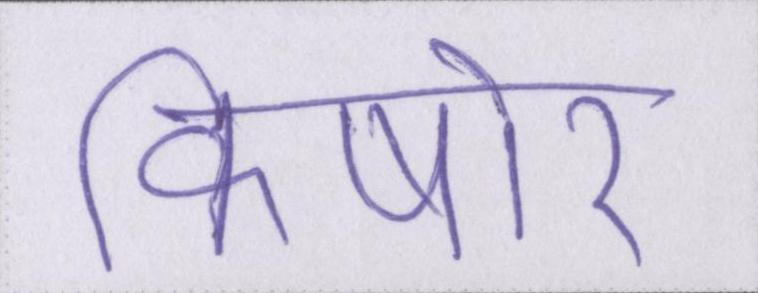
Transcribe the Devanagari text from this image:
किषोर